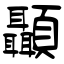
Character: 顳